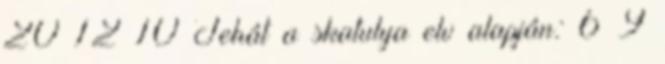
20 12 10 Tehát a skatulya elv alapján: 6×9